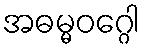
အဓမ္မဝဂ္ဂေါ